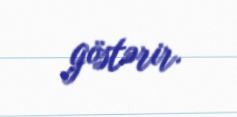
göstərir.